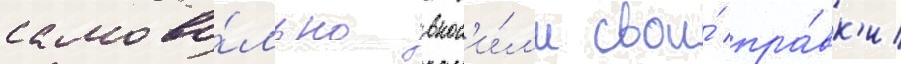
самово́льно внос'и́л'и свои́ пра́вк'и